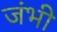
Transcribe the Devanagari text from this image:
जंभी